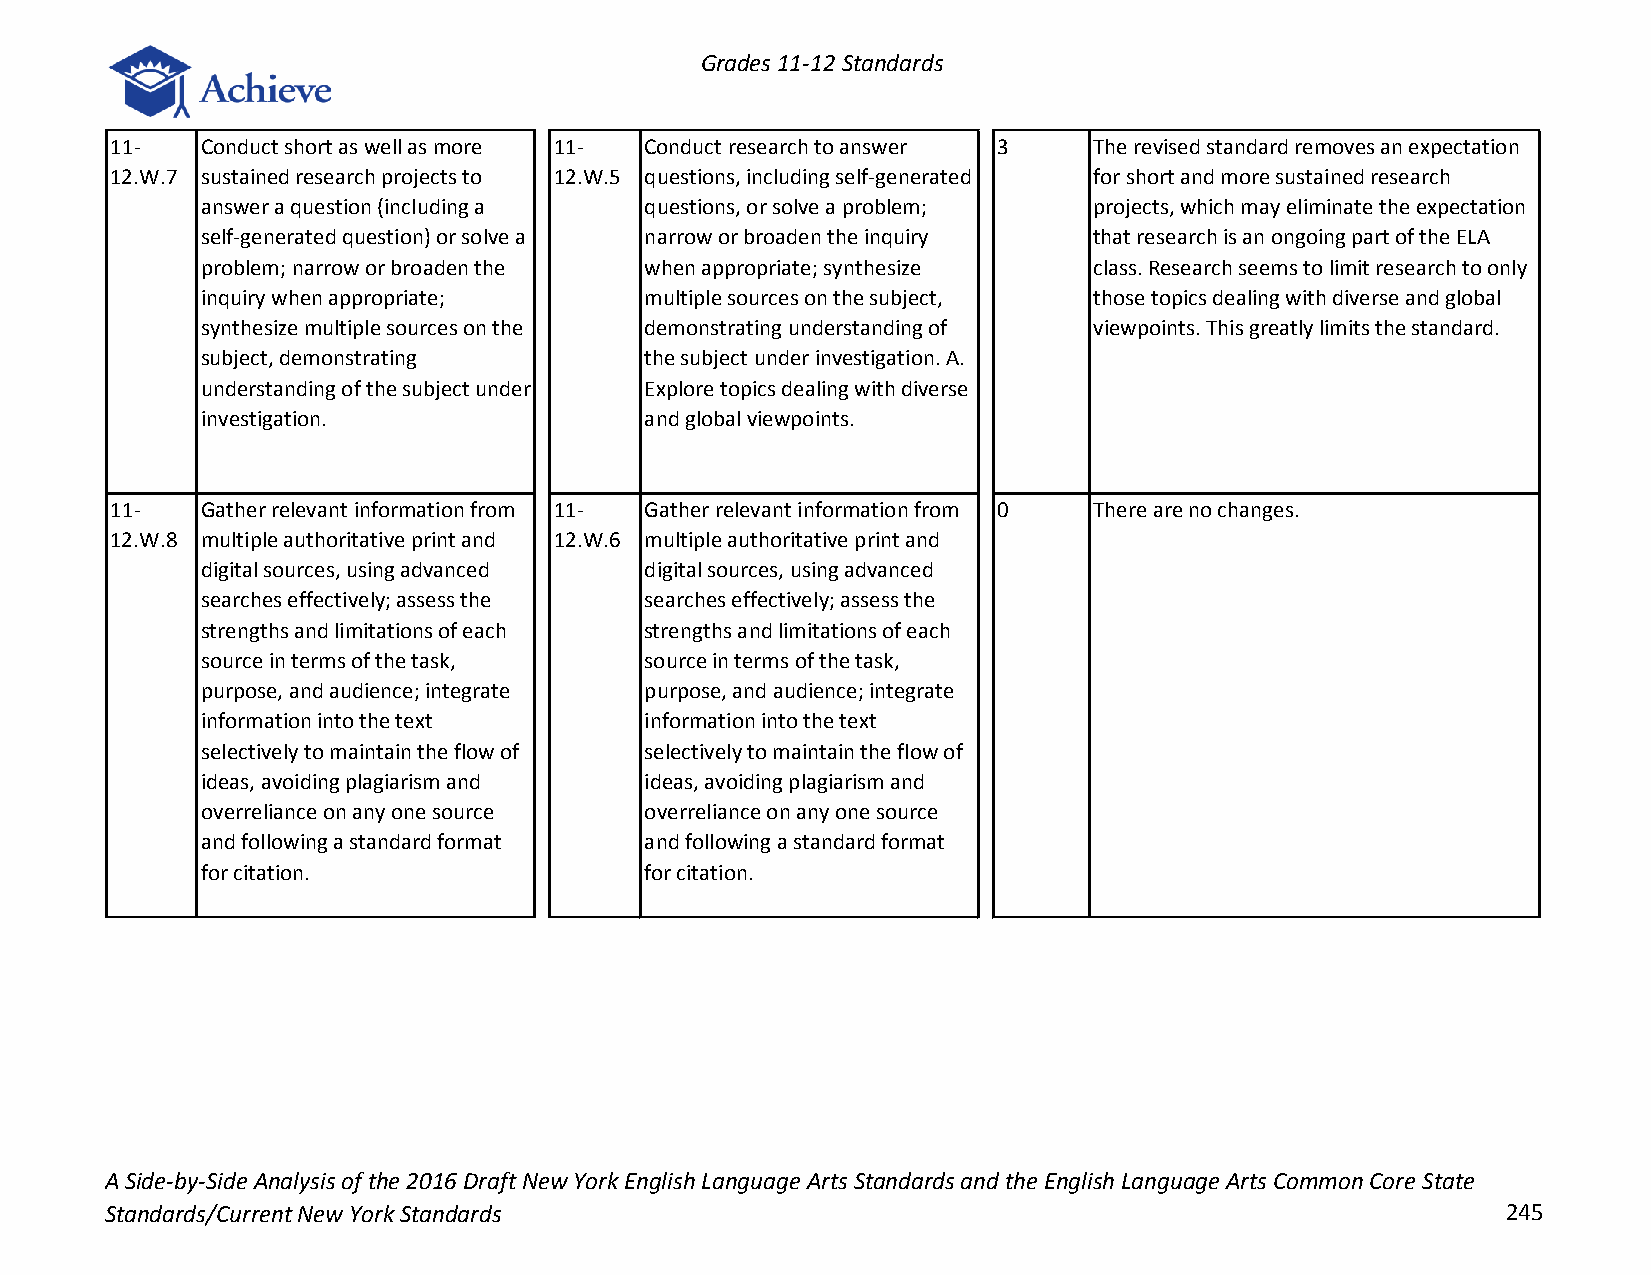
Grades 11-12 Standards
 11-   Conduct short as well as more 11- Conduct research to answer 3 The revised standard removes an expectation
 12.W.7 sustained research projects to 12.W.5 questions, including self-generated for short and more sustained research
 answer a question (including a questions, or solve a problem; projects, which may eliminate the expectation
 self‐generated question) or solve a narrow or broaden the inquiry that research is an ongoing part of the ELA
 problem; narrow or broaden the when appropriate; synthesize class. Research seems to limit research to only
 inquiry when appropriate;     multiple sources on the subject, those topics dealing with diverse and global
 synthesize multiple sources on the demonstrating understanding of viewpoints. This greatly limits the standard.
 subject, demonstrating        the subject under investigation. A.
 understanding of the subject under Explore topics dealing with diverse
 investigation.                and global viewpoints.
 11-   Gather relevant information from 11- Gather relevant information from 0 There are no changes.
 12.W.8 multiple authoritative print and 12.W.6 multiple authoritative print and
 digital sources, using advanced digital sources, using advanced
 searches effectively; assess the searches effectively; assess the
 strengths and limitations of each strengths and limitations of each
 source in terms of the task,  source in terms of the task,
 purpose, and audience; integrate purpose, and audience; integrate
 information into the text     information into the text
 selectively to maintain the flow of selectively to maintain the flow of
 ideas, avoiding plagiarism and ideas, avoiding plagiarism and
 overreliance on any one source overreliance on any one source
 and following a standard format and following a standard format
 for citation.                 for citation.
 A Side-by-Side Analysis of the 2016 Draft New York English Language Arts Standards and the English Language Arts Common Core State
 Standards/Current New York Standards                                                         245